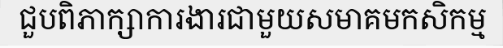
ជួបពិភាក្សាការងារជាមួយសមាគមកសិកម្ម